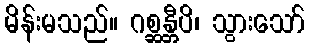
မိန်းမသည်။ ဂစ္ဆန္တီပိ၊ သွားသော်